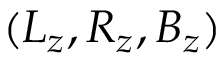
( L _ { z } , R _ { z } , B _ { z } )